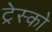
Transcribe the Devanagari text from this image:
ट्रेस्को